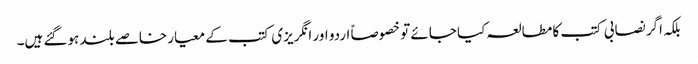
بلکہ اگر نصابی کتب کا مطالعہ کیا جائے تو خصوصاً اردو اور انگریزی کتب کے معیار خاصے بلند ہوگئے ہیں۔